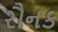
રૌનક